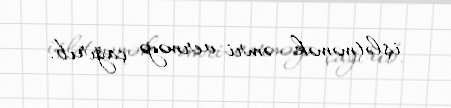
işlətməmək əmri verməyə çağırıb.